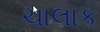
ચાલાક